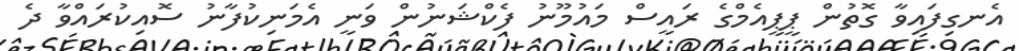
އެނގިފައިވާ ގޮތުން ޕީޕީއެމްގެ ރައީސް މައުމޫނު ފެކްޝަނުން ވަނީ އެމަނިކުފާނު ސޮއިކުރައްވާ ދެ